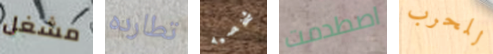
مشغل تطارده شخصيه اصطدمت للحرب